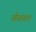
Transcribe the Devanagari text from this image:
खेळताच